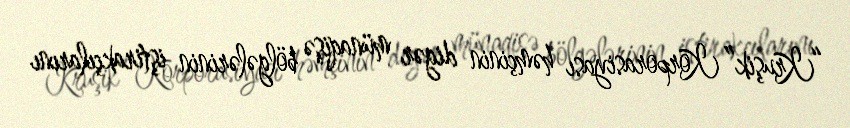
“Kruşik” Korporasiyası həmçinin digər münaqişə bölgələrinin iştirakçılarını